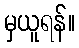
မှယူရန်။